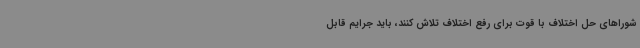
شوراهای حل اختلاف با قوت برای رفع اختلاف تلاش کنند، باید جرایم قابل